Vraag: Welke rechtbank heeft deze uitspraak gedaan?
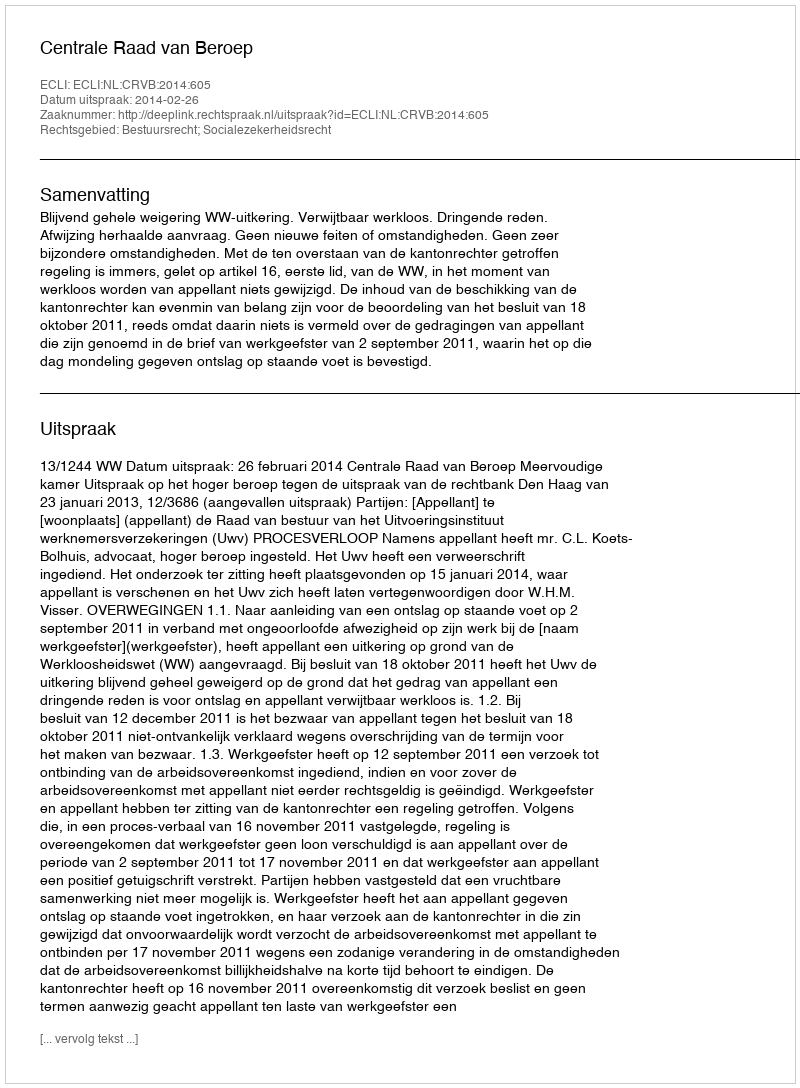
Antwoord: Centrale Raad van Beroep